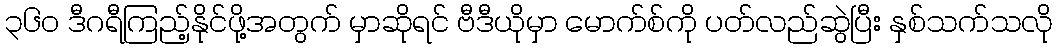
၃၆၀ ဒီဂရီကြည့်နိုင်ဖို့အတွက် မှာဆိုရင် ဗီဒီယိုမှာ မောက်စ်ကို ပတ်လည်ဆွဲပြီး နှစ်သက်သလို